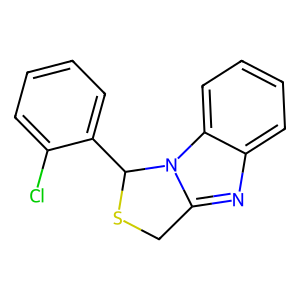
SMILES: Clc1ccccc1C1SCc2nc3ccccc3n21
Inhibits HIV replication: No